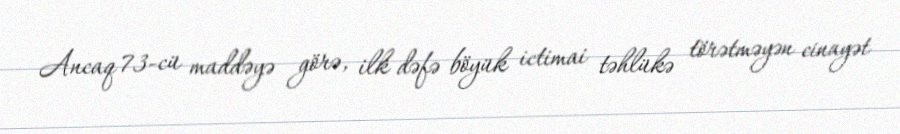
Ancaq 73-cü maddəyə görə, ilk dəfə böyük ictimai təhlükə törətməyən cinayət